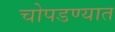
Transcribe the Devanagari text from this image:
चोपडण्यात